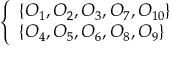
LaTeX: \left\{ \begin{array} { l l } { \{ O _ { 1 } , O _ { 2 } , O _ { 3 } , O _ { 7 } , O _ { 1 0 } \} } \\ { \{ O _ { 4 } , O _ { 5 } , O _ { 6 } , O _ { 8 } , O _ { 9 } \} } \end{array} \right.